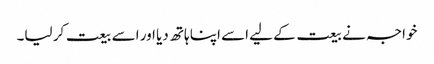
خواجہ نے بیعت کے لیے اسے اپنا ہاتھ دیا اور اسے بیعت کر لیا۔